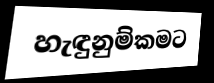
හැඳුනුම්කමට